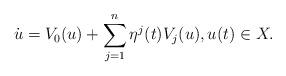
LaTeX: \begin{align*} \dot u=V_0(u)+\sum_{j=1}^n\eta^j(t)V_j(u), u(t)\in X. \end{align*}